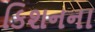
કિશનના